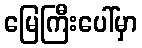
မြေကြီးပေါ်မှာ